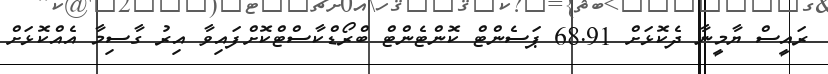
ރައީސް ޔާމީނާ ދެކޮޅަށް 68.91 ޕަސެންޓް ކޮންޓެންޓް ބްރޯޑްކާސްޓްކޮށްފައިވާ އިރު ގާސިމާ އެއްކޮޅަށް